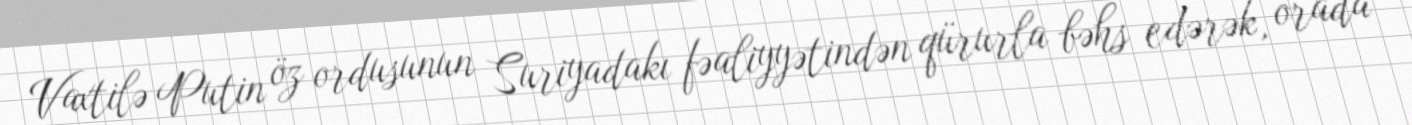
Vaxtilə Putin öz ordusunun Suriyadakı fəaliyyətindən qürurla bəhs edərək, orada